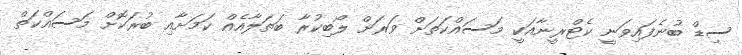
ސިޑް ބުނެފައިވަނީ ކެޓްރީނާއަކީ މަސައްކަތަށް ވަރަށް ލޯބިކުރާ ބަތަލާއެއް ކަމަށާއި ބުރަކޮށް މަސައްކަތް